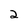
Character: 2